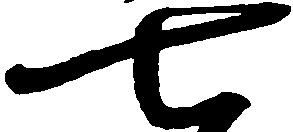
七